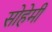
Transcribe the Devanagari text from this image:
सोहेमी